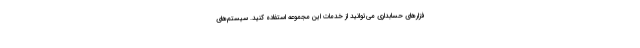
فزارهای حسابداری می‌توانید از خدمات این مجموعه استفاده کنید. سیستم‌های